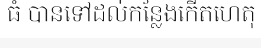
ធំ បានទៅដល់កន្លែងកើតហេតុ